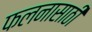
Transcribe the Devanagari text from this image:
फलनासाठी